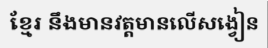
ខ្មែរ នឹងមានវត្តមានលើសង្វៀន